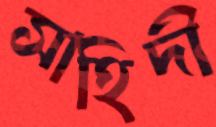
সাহিদী